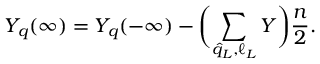
Y _ { q } ( \infty ) = Y _ { q } ( - \infty ) - \biggl ( \sum _ { \hat { q } _ { L } , \ell _ { L } } Y \biggr ) \frac { n } { 2 } .